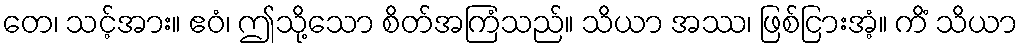
တေ၊ သင့်အား။ ဧဝံ၊ ဤသို့သော စိတ်အကြံသည်။ သိယာ အဿ၊ ဖြစ်ငြားအံ့။ ကိံ သိယာ